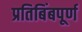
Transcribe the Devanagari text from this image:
प्रतिबिंबपूर्ण